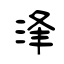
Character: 浲